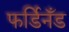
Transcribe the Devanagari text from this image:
फर्डिनँड